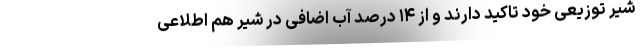
شیر توزیعی خود تاکید دارند و از ۱۴ درصد آب اضافی در شیر هم اطلاعی